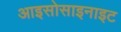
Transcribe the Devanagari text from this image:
आइसोसाइनाइट